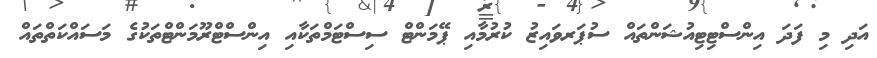
އަދި މި ފަދަ އިންސްޓިޓިއުޝަންތައް ސުޕަރވައިޒު ކުރުމާއި ޕޭމަންޓް ސިސްޓަމްތަކާއި އިންސްޓްރޫމަންޓްތަކުގެ މަސައްކަތްތައް